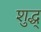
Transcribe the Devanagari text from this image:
शुद्ध्